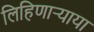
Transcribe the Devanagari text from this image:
लिहिणार्‍याया